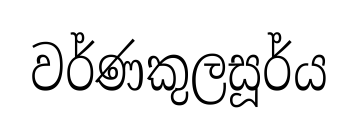
වර්ණකුලසූර්ය